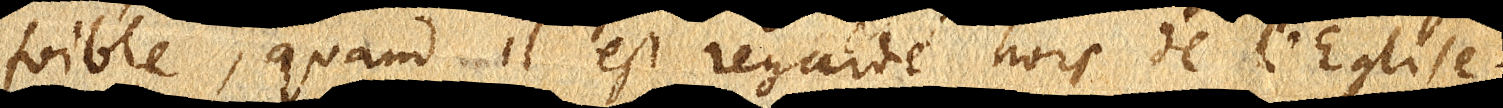
foible, quand il est regardé hors de l’Eglise.